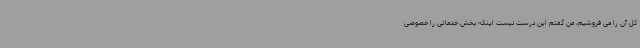
کل آن را می فروشیم، من گفتم این درست نیست اینکه بخش خدماتی را خصوصی